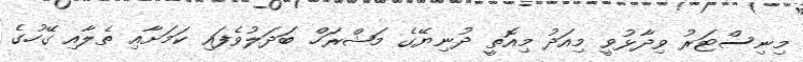
މިނިސްޓަރު ވިދާޅުވީ މިއަދު މިއޮތީ ދުނިޔޭގެ މަޝްރަހް ބަދަލުވެފައި ކަމަށާއި ތެލާއި ގޭހުގެ